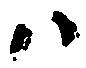
ハ